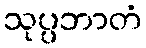
သုပ္ပဘာတံ